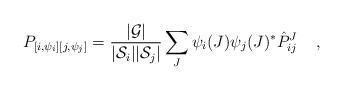
LaTeX: \begin{align*}P_{[{i}, \psi_{i}][{j}, \psi_{j}]} = {|{\cal G}| \over |{\cal S}_{i}||{\cal S}_{j}|} \sum_J \psi_{i}(J) \psi_{j}(J)^* \hat{P}^J_{{i}{j}} \;\;\;\; ,\end{align*}